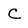
Character: C